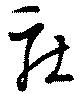
庄